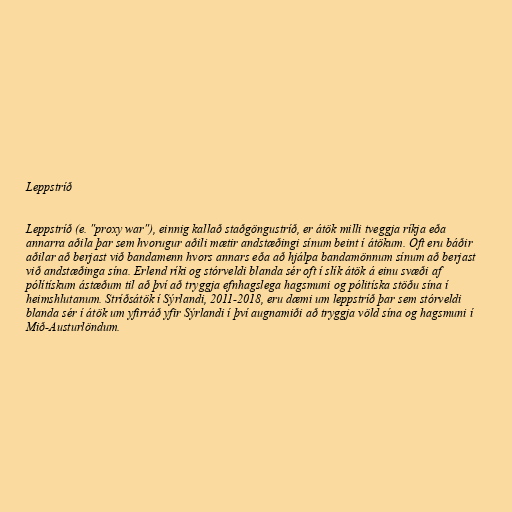
Leppstríð

Leppstríð (e. "proxy war"), einnig kallað staðgöngustríð, er átök milli tveggja ríkja eða
annarra aðila þar sem hvorugur aðili mætir andstæðingi sínum beint í átökum. Oft eru báðir
aðilar að berjast við bandamenn hvors annars eða að hjálpa bandamönnum sínum að berjast
við andstæðinga sína. Erlend ríki og stórveldi blanda sér oft í slík átök á einu svæði af
pólítískum ástæðum til að því að tryggja efnhagslega hagsmuni og pólitíska stöðu sína í
heimshlutanum. Stríðsátök í Sýrlandi, 2011-2018, eru dæmi um leppstríð þar sem stórveldi
blanda sér í átök um yfirráð yfir Sýrlandi í því augnamiði að tryggja völd sína og hagsmuni í
Mið-Austurlöndum.